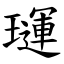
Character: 璭